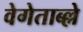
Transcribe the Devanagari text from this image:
वेगेताब्ल्ले